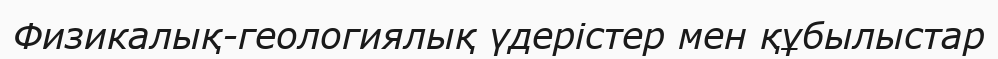
Физикалық-геологиялық үдерістер мен құбылыстар